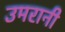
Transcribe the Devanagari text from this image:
उमरानी